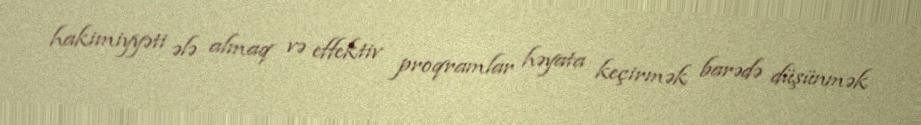
hakimiyyəti ələ almaq və effektiv proqramlar həyata keçirmək barədə düşünmək